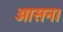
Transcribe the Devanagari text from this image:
आसन।